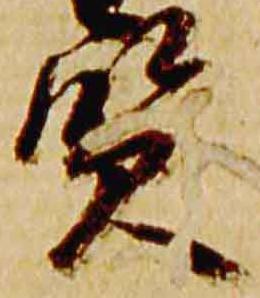
賢